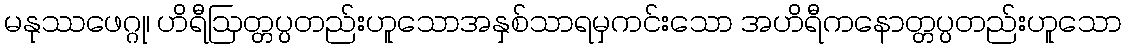
မနုဿဖေဂ္ဂု၊ ဟိရီဩတ္တပ္ပတည်းဟူသောအနှစ်သာရမှကင်းသော အဟိရီကနောတ္တပ္ပတည်းဟူသော